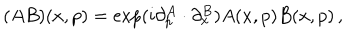
( A B ) ( x , p ) = \exp ( i \partial _ { p } ^ { A } \cdot \partial _ { x } ^ { B } ) A ( x , p ) B ( x , p ) \, ,